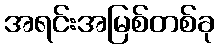
အရင်းအမြစ်တစ်ခု